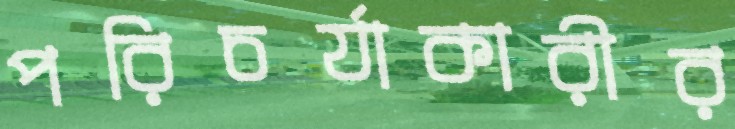
পরিচর্যাকারীর